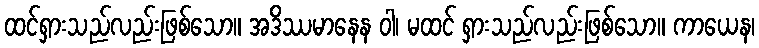
ထင်ရှားသည်လည်းဖြစ်သော။ အဒိဿမာနေန ဝါ၊ မထင် ရှားသည်လည်းဖြစ်သော။ ကာယေန၊